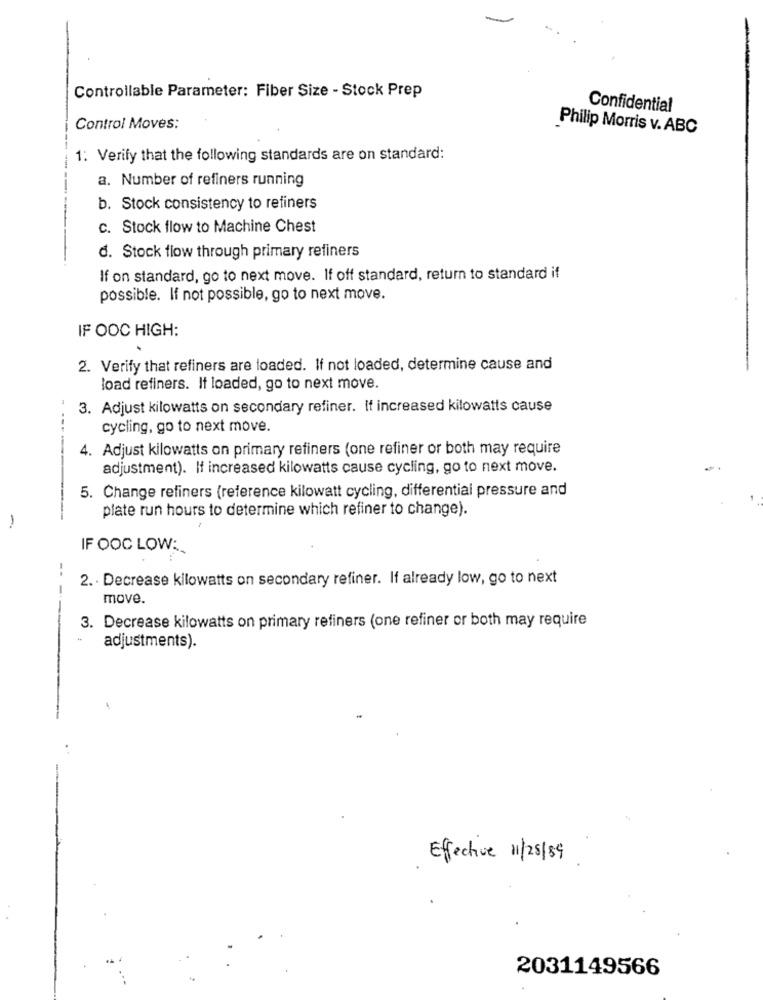
Controllable Parameter: Fiber Size - Stock Prep
Confidential
Control Moves:
Philip Morris v. ABC
1: Verify that the following standards are on standard:
a. Number of refiners running
b. Stock consistency to refiners
c. Stock flow to Machine Chest
d. Stock flow through primary refiners
If on standard, go to next move. If off standard, return to standard if
possible. If not possible, go to next move.
IF OOC HIGH:
2. Verify that refiners are loaded. If not loaded, determine cause and
load refiners. It loaded, go to next move.
3. Adjust kilowatts on secondary refiner. If increased kilowatts cause
cycling, go to next move.
4. Adjust kilowatts on primary refiners (one refiner or both may require
adjustment). If increased kilowatts cause cycling, go to next move.
5. Change refiners (reference kilowatt cycling, differential pressure and
plate run hours to determine which refiner to change).
-
IF OOC LOW:
--
2. · Decrease kilowatts on secondary refiner. If already low, go to next
move.
--
3. Decrease kilowatts on primary refiners (one refiner or both may require
-
adjustments).
Effective 11/25/89
2031149566